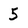
Character: 5